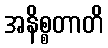
အနိစ္စတာတိ